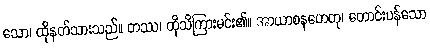
သော၊ ထိုနတ်သားသည်။ တဿ၊ ထိုသိကြားမင်း၏။ အာယာစနဟေတု၊ တောင်းပန်သော